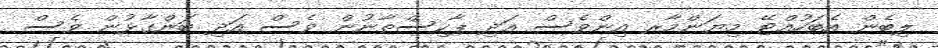
ލިބެން އެބަހުއްޓޭ މިޔަންމާރ އިންވެސް އަދި ޕާކިސްތާނުން ވެސް އަދި ބަންގާޅުން ވެސް